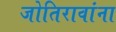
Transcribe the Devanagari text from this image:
जोतिरावांना